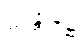
သန္တာန်၌